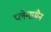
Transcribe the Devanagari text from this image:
प्लेन्समैन